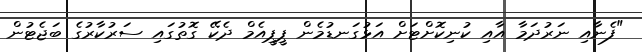
"ފެނާއި ނަރުދަމާ އާއި ކުނިކޮށްޓަށް އަޅުގަނޑުމެން ޕީޕީއެމް ދެކޭ ގޮތުގައި ސަރުކާރުގެ ބަޖެޓުން